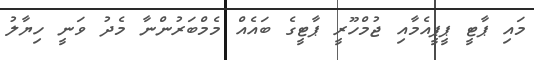
މައި ޕާޓީ ޕީޕީއެމާއި ޖުމްހޫރީ ޕާޓީގެ ބައެއް މެމްބަރުންނާ މެދު ވަނީ ހިޔާލު